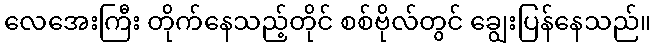
လေအေးကြီး တိုက်နေသည့်တိုင် စစ်ဗိုလ်တွင် ချွေးပြန်နေသည်။